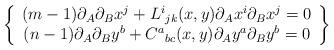
LaTeX: \begin{align*}\left\{ \begin{array}{c}(m-1)\partial _A\partial _Bx^j+L^i{}_{jk}(x,y)\partial _Ax^i\partial _Bx^j=0\\ (n-1)\partial _A\partial _By^b+C^a{}_{bc}(x,y)\partial _Ay^a\partial _By^b=0 \end{array}\right\}\end{align*}